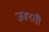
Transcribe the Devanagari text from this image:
ज़रूरतोँ